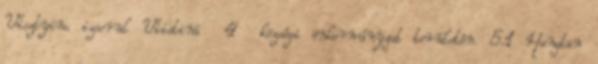
Visztyino izsorul Viistinä 4 községi önkormányzat területén. 5.1 Hangtan